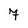
Character: 7